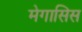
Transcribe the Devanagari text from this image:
मेगासिस